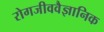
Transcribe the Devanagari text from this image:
रोगजीववैज्ञानिक